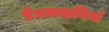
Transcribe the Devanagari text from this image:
प्रेमकहानियाँ